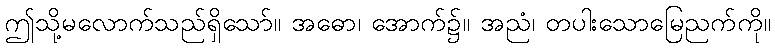
ဤသို့မလောက်သည်ရှိသော်။ အဓော၊ အောက်၌။ အညံ၊ တပါးသောမြေညက်ကို။